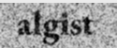
algist